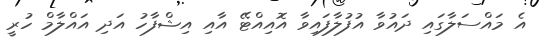
އެ މައްސަލާގައި ދައުވާ އުފުލާފައިވާ އޮއިއްޓޭ އާއި އިޝްފާހު އަދި އައްލާމް ހުރީ